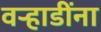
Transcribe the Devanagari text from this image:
वऱ्हाडींना